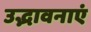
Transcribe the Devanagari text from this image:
उद्भावनाएं